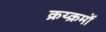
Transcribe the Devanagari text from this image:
क्रय्क्रमों